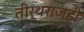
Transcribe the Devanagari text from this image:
तीर्थराजही